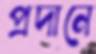
প্রদানে